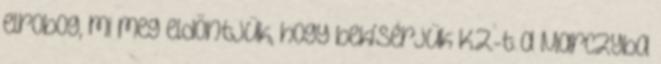
elrobog, mi meg eldöntjük, hogy bekísérjük K.Z.-t a Marczyba